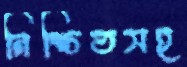
নিশ্চিতসহ